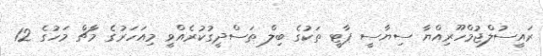
ރައީސުލްޖުމްހޫރިއްޔާ ސިޔާސީ ޕާޓީ ތަކުގެ ބިލް ތަސްދީގުކުރެއްވީ މިއަހަރުގެ މާޗް މަހުގެ 12